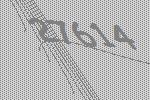
27614